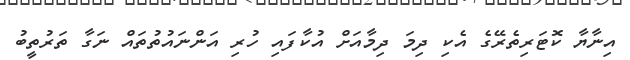
އިނާޔާ ކޮޓަރިތެރޭގެ އެކި ދިމަ ދިމާއަށް އުކާފައި ހުރި އަންނައުތުތައް ނަގާ ތަރުތީބު